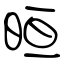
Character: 晅